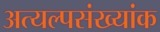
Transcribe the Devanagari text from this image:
अत्यल्पसंख्यांक